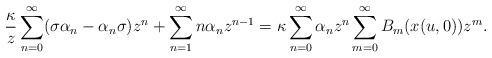
LaTeX: \begin{align*}\frac{\kappa}{z}\sum_{n=0}^{\infty}( \sigma\alpha_{n}-\alpha_{n}\sigma ) z^{n}+\sum_{n=1}^{\infty}n\alpha_{n}z^{n-1}=\kappa\sum_{n=0}^{\infty}\alpha_{n}z^{n}\sum_{m=0}^{\infty}B_{m} ( x (u,0 ) ) z^{m}.\end{align*}